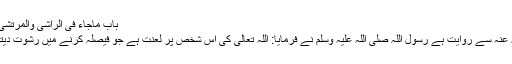
باب ماجاء فی الراشی والمرتشی فی الحکم 1337)
ابو ہریرہ رضی اللہ عنہ سے روایت ہے رسول اللہ صلی اللہ علیہ وسلم نے فرمایا: اللہ تعالیٰ کی اس شخص پر لعنت ہے جو فیصلہ کرنے میں رشوت دیتا یا رشوت لیتا ہے۔